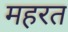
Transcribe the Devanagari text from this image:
महरत